Scottish assistants in French and Prussian schools and colleges, 1912
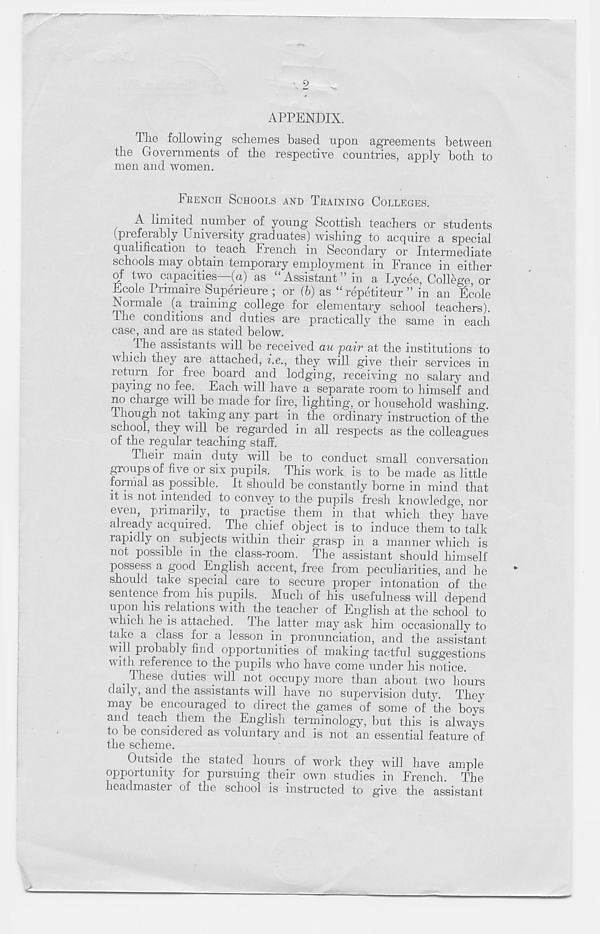
2
APPENDIX.
The following schemes based upon agreements between
the Governments of the respective countries, apply both to
men and women.
FRENCH SCHOOLS AND TRAINING COLLEGES.
A limited number of young Scottish teachers or students
(preferably University graduates) wishing to acquire a special
qualification to teach French in Secondary or Intermediate
schools may obtain temporary employment in France in either
of two capacities—(a) as “ Assistant ” in a Lycee, College, or
Ecole Pnmaire Superieure ; or (b) as “repetiteur ” in an ficole
Normale (a training college for elementary school teachers).
The conditions and duties are practically "the same in each
case, and are as stated below.
The assistants will be received au pair at the institutions to
which they are attached^ i.e., they will give their services in
return for free board and lodging, receiving no salary and
paying no fee. Each will have a separate room to himself and
no charge will be made for fire, lighting, or household washing.
I hough not taking any part in the ordinary instruction of the
school, they will be regarded in all respects as the colleagues
of the regular teaching staff.
Their main duty will be to conduct small conversation
groups of five or six pupils. This work is to be made as little
formal as possible. It should be constantly borne in mind that
it is not intended to convey to the pupils fresh knowledge, nor
even, primarily, to practise them in that which they have
already acquired. The chief object is to induce them to talk
rapidly on subjects within their grasp in a manner which is
not possible in the class-room. The assistant should himself
possess a good English accent, free from peculiarities, and he
should take special care to secure proper intonation of the
sentence from his pupils. Much of his usefulness will depend
upon his relations with the teacher of English at the school to
which he is attached. The latter may ask him occasionally to
take a class for a lesson in pronunciation, and the assistant
will probably find opportunities of making tactful suggestions
with reference to the pupils who have come under his notice.
These duties will not _ occupy more than about two hours
daily, and the assistants will have no supervision dutj 7 . They
may be encouraged to direct the games of some of the boys
and teach them the English terminology, but this is always
to be considered as voluntary and is not an essential feature of
the scheme.
Outside the stated hours of work they will have ample
opportunity for pursuing their own studies in French. The
headmaster of the school is instructed to give the assistant